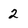
Character: 2